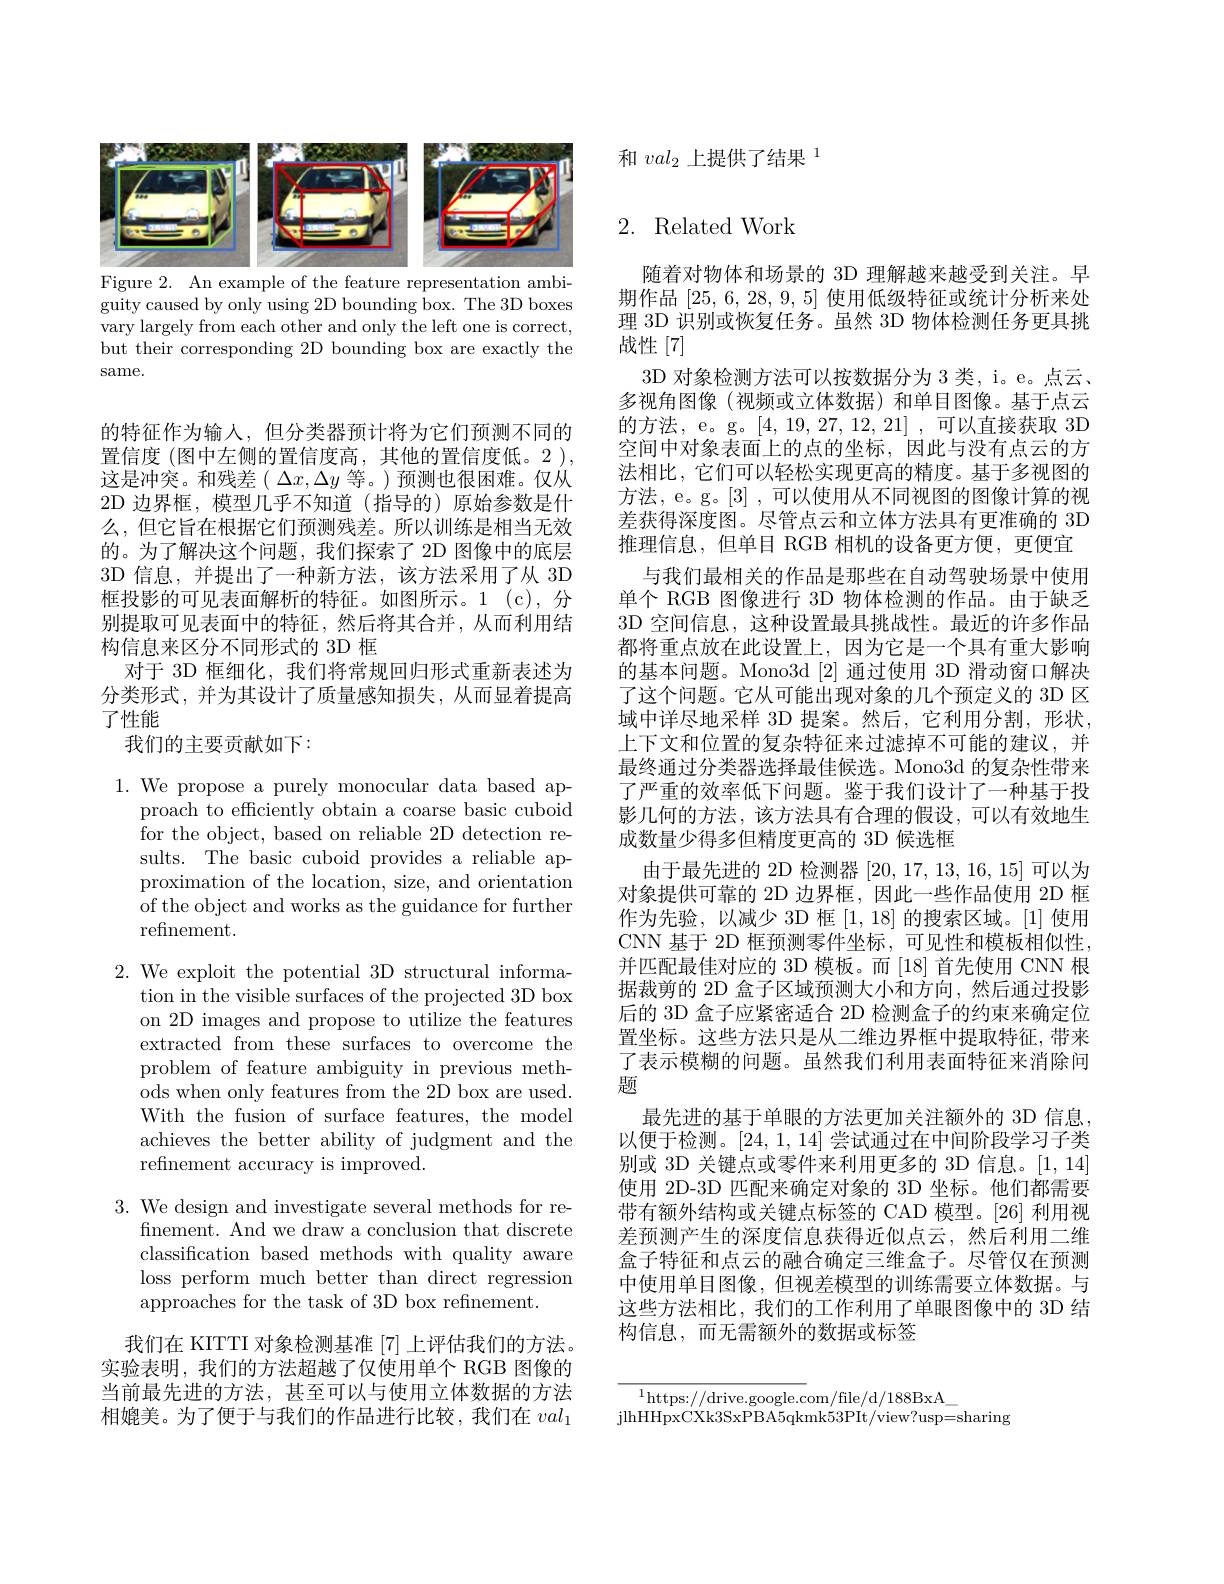
<FigureHere>
Figure 2. An example of the feature representation ambi-

guity caused by only using 2D bounding box. The 3D boxes vary largely from each other and only the left one is correct, but their corresponding 2D bounding box are exactly the same.

的特征作为输入，但分类器预计将为它们预测不同的置信度 (图中左侧的置信度高，其他的置信度低。2 ), 这是冲突。和残差( $\Delta x,\Delta y$等。)预测也很困难。仅从2D 边界框，模型几乎不知道(指导的)原始参数是什么，但它旨在根据它们预测残差。所以训练是相当无效的。为了解决这个问题，我们探索了 2D 图像中的底层3D 信息，并提出了一种新方法，该方法采用了从 3D 框投影的可见表面解析的特征。如图所示。1(c),分别提取可见表面中的特征，然后将其合并，从而利用结构信息来区分不同形式的 3D 框
对于 3D 框细化，我们将常规回归形式重新表述为分类形式，并为其设计了质量感知损失，从而显着提高了性能
我们的主要贡献如下：

1. We propose a purely monocular data based ap-
proach to efficiently obtain a coarse basic cuboid for the object, based on reliable 2D detection results. The basic cuboid provides a reliable approximation of the location, size, and orientation of the object and works as the guidance for further refinement.

2. We exploit the potential 3D structural informa-
tion in the visible surfaces of the projected 3D box on 2D images and propose to utilize the features extracted from these surfaces to overcome the problem of feature ambiguity in previous methods when only features from the 2D box are used. With the fusion of surface features, the model achieves the better ability of judgment and the refinement accuracy is improved.

3. We design and investigate several methods for re-
finement. And we draw a conclusion that discrete classification based methods with quality aware loss perform much better than direct regression approaches for the task of 3D box refnement.

我们在 KITTI 对象检测基准 [7] 上评估我们的方法。实验表明，我们的方法超越了仅使用单个 RGB 图像的当前最先进的方法，甚至可以与使用立体数据的方法相媲美。为了便于与我们的作品进行比较，我们在$val_1$

和$val_2$上提供了结果 1

# 2. Related Work

随着对物体和场景的 3D 理解越来越受到关注。早期作品[25,6,28,9,5]使用低级特征或统计分析来处理 3D 识别或恢复任务。虽然 3D 物体检测任务更具挑战性[7]
3D 对象检测方法可以按数据分为 3 类，i。e。点云多视角图像(视频或立体数据)和单目图像。基于点云的方法，e。g。[4,19,27,12,21],可以直接获取 3D 空间中对象表面上的点的坐标，因此与没有点云的方法相比，它们可以轻松实现更高的精度。基于多视图的方法，e。g。[3] ,可以使用从不同视图的图像计算的视差获得深度图。尽管点云和立体方法具有更准确的 3D 推理信息，但单目 RGB 相机的设备更方便，更便宜
与我们最相关的作品是那些在自动驾驶场景中使用单个 RGB 图像进行 3D 物体检测的作品。由于缺乏3D 空间信息，这种设置最具挑战性。最近的许多作品都将重点放在此设置上，因为它是一个具有重大影响的基本问题。Mono3d [2]通过使用 3D 滑动窗口解决了这个问题。它从可能出现对象的几个预定义的 3D 区域中详尽地采样 3D 提案。然后，它利用分割，形状， 上下文和位置的复杂特征来过滤掉不可能的建议，并最终通过分类器选择最佳候选。Mono3d 的复杂性带来了严重的效率低下问题。鉴于我们设计了一种基于投影几何的方法，该方法具有合理的假设，可以有效地生成数量少得多但精度更高的 3D 候选框
由于最先进的 2D 检测器[20,17,13,16,15]可以为对象提供可靠的 2D 边界框，因此一些作品使用 2D 框作为先验，以减少 3D 框[1,18]的搜索区域。[1] 使用CNN 基于 2D 框预测零件坐标，可见性和模板相似性， 并匹配最佳对应的 3D 模板。而[18]首先使用 CNN 根据裁剪的 2D 盒子区域预测大小和方向，然后通过投影后的 3D 盒子应紧密适合 2D 检测盒子的约束来确定位置坐标。这些方法只是从二维边界框中提取特征，带来了表示模糊的问题。虽然我们利用表面特征来消除问题
最先进的基于单眼的方法更加关注额外的 3D 信息以便于检测。[24,1,14]尝试通过在中间阶段学习子类别或 3D 关键点或零件来利用更多的 3D 信息。[1,14] 使用 2D-3D 匹配来确定对象的 3D 坐标。他们都需要带有额外结构或关键点标签的 CAD 模型。[26] 利用视差预测产生的深度信息获得近似点云，然后利用二维盒子特征和点云的融合确定三维盒子。尽管仅在预测中使用单目图像，但视差模型的训练需要立体数据。与这些方法相比，我们的工作利用了单眼图像中的 3D 结构信息，而无需额外的数据或标签

$^{1}$https://drive.google.com/file/d/188BxA\_
jlhHHpxCXk3SxPBA5qkmk53PIt/ view? usp= sharing